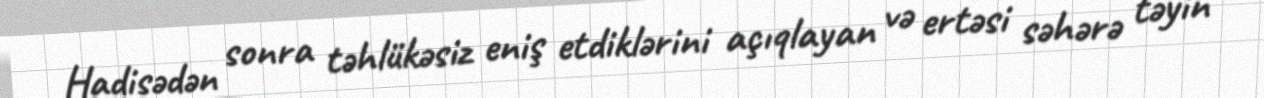
Hadisədən sonra təhlükəsiz eniş etdiklərini açıqlayan və ertəsi səhərə təyin